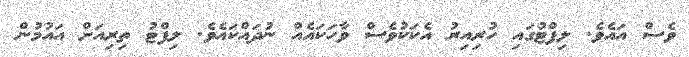
ވެސް އައެވެ. ލިފްޓުގައި ހުރިއިރު އެކަކުވެސް ވާހަކައެއް ނުދައްކައެވެ. ލިފްޓު ތިރިއަށް އައުމުން